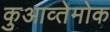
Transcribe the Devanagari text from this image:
कुआव्तेमोक